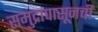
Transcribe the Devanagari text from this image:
समुद्रापासूनची